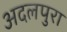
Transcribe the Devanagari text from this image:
अदलपुरा